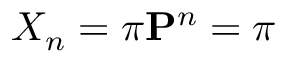
X _ { n } = \pi \mathbf { P } ^ { n } = \pi